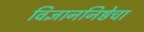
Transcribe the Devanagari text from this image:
विज्ञाननिष्ठेचा